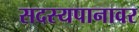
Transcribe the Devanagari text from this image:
सदस्यपानावर